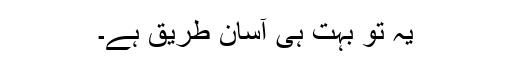
یہ تو بہت ہی آسان طریق ہے۔